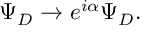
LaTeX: \Psi _ { D } \to e ^ { i \alpha } \Psi _ { D } .